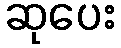
ဆုပေး